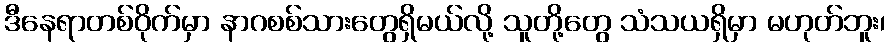
ဒီနေရာတစ်ဝိုက်မှာ နာဂစစ်သားတွေရှိမယ်လို့ သူတို့တွေ သံသယရှိမှာ မဟုတ်ဘူး၊